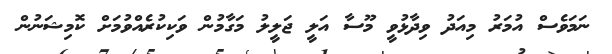
ނަމަވެސް އުމަރު މިއަދު ވިދާޅުވީ މޫސާ އަލީ ޖަލީލު މަގާމުން ވަކިކުރެއްވުމަށް ކޮމިޝަނުން